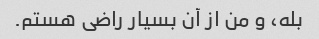
بله، و من از آن بسیار راضی هستم.